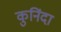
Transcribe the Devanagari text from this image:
कुनिंदा